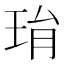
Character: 㻆